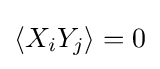
\left\langle X_{i}Y_{j}\right\rangle =0